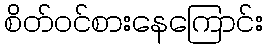
စိတ်ဝင်စားနေကြောင်း